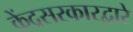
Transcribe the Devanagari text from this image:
केंद्रसरकारद्वारे